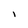
Character: I